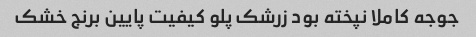
جوجه کاملا نپخته بود زرشک پلو کیفیت پایین برنج خشک